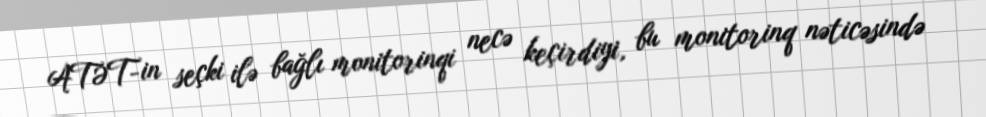
ATƏT-in seçki ilə bağlı monitorinqi necə keçirdiyi, bu monitorinq nəticəsində